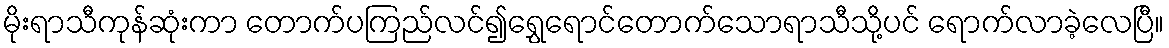
မိုးရာသီကုန်ဆုံးကာ တောက်ပကြည်လင်၍ရွှေရောင်တောက်သောရာသီသို့ပင် ရောက်လာခဲ့လေပြီ။